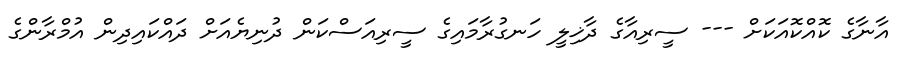
އާނާގެ ކޮއްކޮއަކަށް --- ސީރިއާގެ ދާޚިލީ ހަނގުރާމައިގެ ސީރިއަސްކަން ދުނިޔެއަށް ދައްކައިދިން އުމްރާންގެ